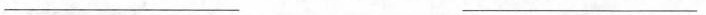
___ ___